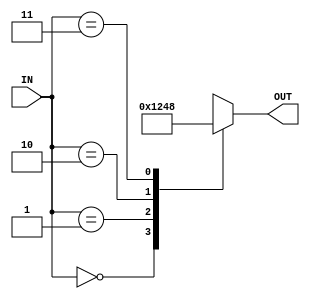
module Decoder (
  input [1:0] IN ,
  output reg [3:0] OUT 
);
 
 always @*
 begin
   OUT = 4'b0000 ;
   case(IN)
     2'b00   : OUT = 4'b0001 ;
     2'b01   : OUT = 4'b0010 ;
     2'b10   : OUT = 4'b0100 ;
     2'b11   : OUT = 4'b1000 ;
     default : OUT = 4'b0000 ;
   endcase 
   
 end

 endmodule